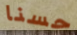
حسنا